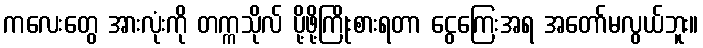
ကလေးတွေ အားလုံးကို တက္ကသိုလ် ပို့ဖို့ကြိုးစားရတာ ငွေကြေးအရ အတော်မလွယ်ဘူး။